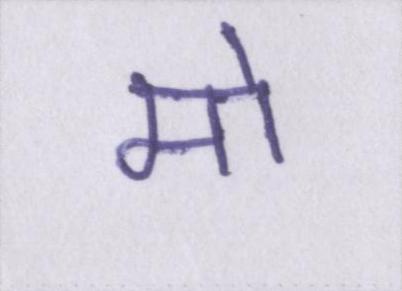
मो